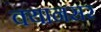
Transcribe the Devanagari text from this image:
क्यानसर